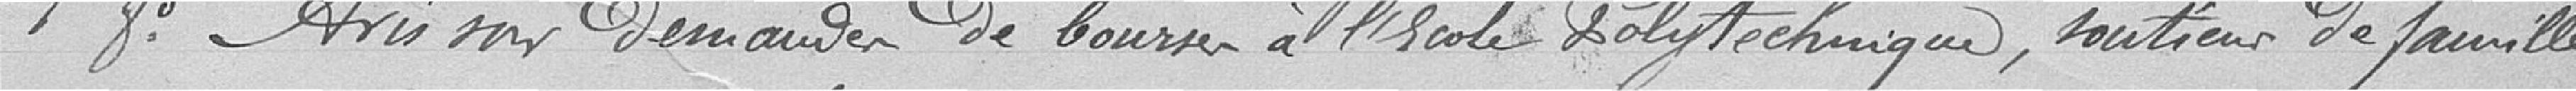
8° Avis sur demandes de bourses à l'École Polytechnique, soutiens de famille,